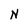
Character: N